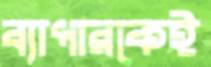
ব্যাপারকেই